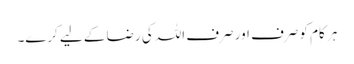
ہر کام کو صرف اور صرف اللہ کی رضا کے لیے کرے۔